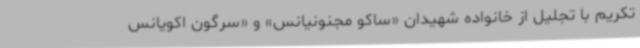
تکریم با تجلیل از خانواده شهیدان «ساکو مجنونیانس» و «سرگون اکویانس